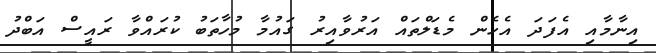
އިނާމާއި އެފަދަ އެހެން މެޑަލްތައް އަރުވާއިރު ގައުމާ މުހާތަބު ކުރައްވާ ރައީސް އަބްދު